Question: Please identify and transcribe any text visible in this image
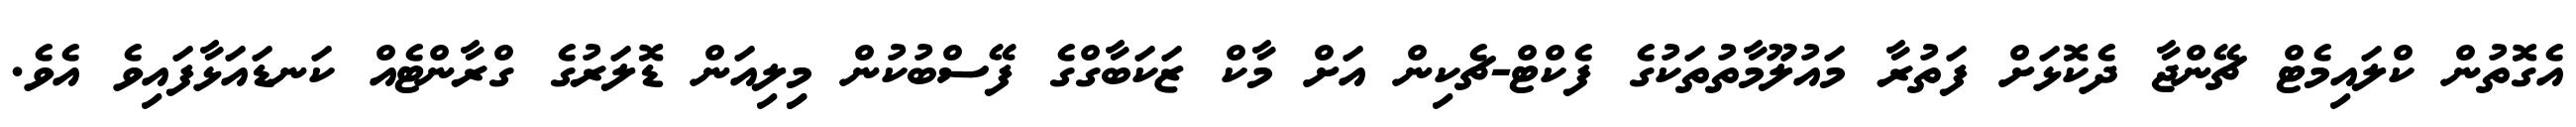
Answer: އެގޮތުން ކްލައިމެޓް ޗޭންޖާ ދެކޮޅަށް ފަތުރާ މައުލޫމާތުތަކުގެ ފެކްޓް-ޗެކިން އަށް މާކް ޒަކަބާގްގެ ފޭސްބުކުން މިިލިއަން ޑޮލަރުގެ ގްރާންޓެއް ކަނޑައަޅާފައިވެ އެވެ.